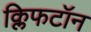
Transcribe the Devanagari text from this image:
क्लिफटॉन